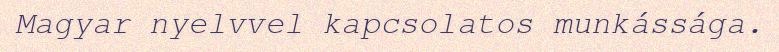
Magyar nyelvvel kapcsolatos munkássága.